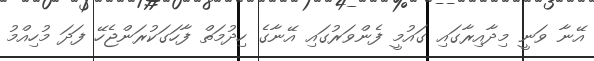
އޭނާ ވަނީ މިދާއިރާގައި ގައުމީ ފެންވަރުގައި އޭނާގެ ހިދުމަތް ފާހަގަކުރަންޖެހޭ ފަދަ މުހިއްމު